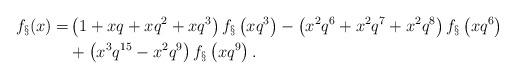
LaTeX: \begin{align*}f_\S(x) = & \left(1 + xq + xq^2 + xq^3\right) f_\S\left(xq^3\right)- \left(x^2 q^6 + x^2 q^7 + x^2 q^8\right) f_\S\left(xq^6\right) \\& + \left(x^3 q^{15} - x^2 q^9\right) f_\S\left(xq^9\right). \end{align*}